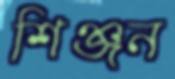
শিঞ্জন